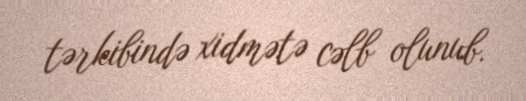
tərkibində xidmətə cəlb olunub.